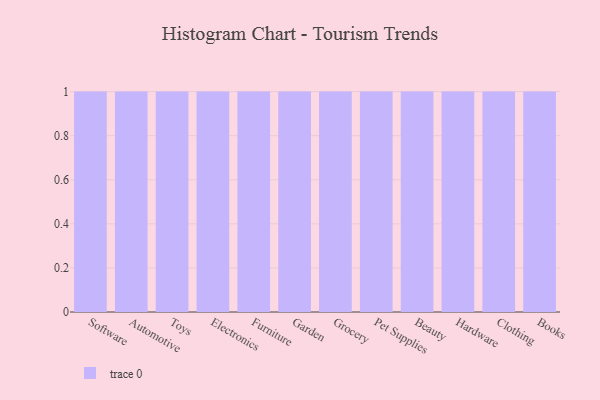
{"axis": {"x": "Category", "y": "Gross Profit (USD K)"}, "legend": [""], "data": [{"x": "Software", "y": 32, "type": ""}, {"x": "Automotive", "y": 47, "type": ""}, {"x": "Toys", "y": 12, "type": ""}, {"x": "Electronics", "y": 44, "type": ""}, {"x": "Furniture", "y": 90, "type": ""}, {"x": "Garden", "y": 83, "type": ""}, {"x": "Grocery", "y": 7, "type": ""}, {"x": "Pet Supplies", "y": 84, "type": ""}, {"x": "Beauty", "y": 66, "type": ""}, {"x": "Hardware", "y": 51, "type": ""}, {"x": "Clothing", "y": 6, "type": ""}, {"x": "Books", "y": 44, "type": ""}]}